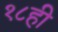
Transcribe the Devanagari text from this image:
१८ही